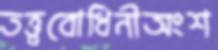
তত্ত্ববোধিনীঅংশ